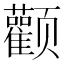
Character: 颧